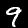
Digit: 9